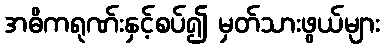
အဓိကရုဏ်းနှင့်စပ်၍ မှတ်သားဖွယ်များ